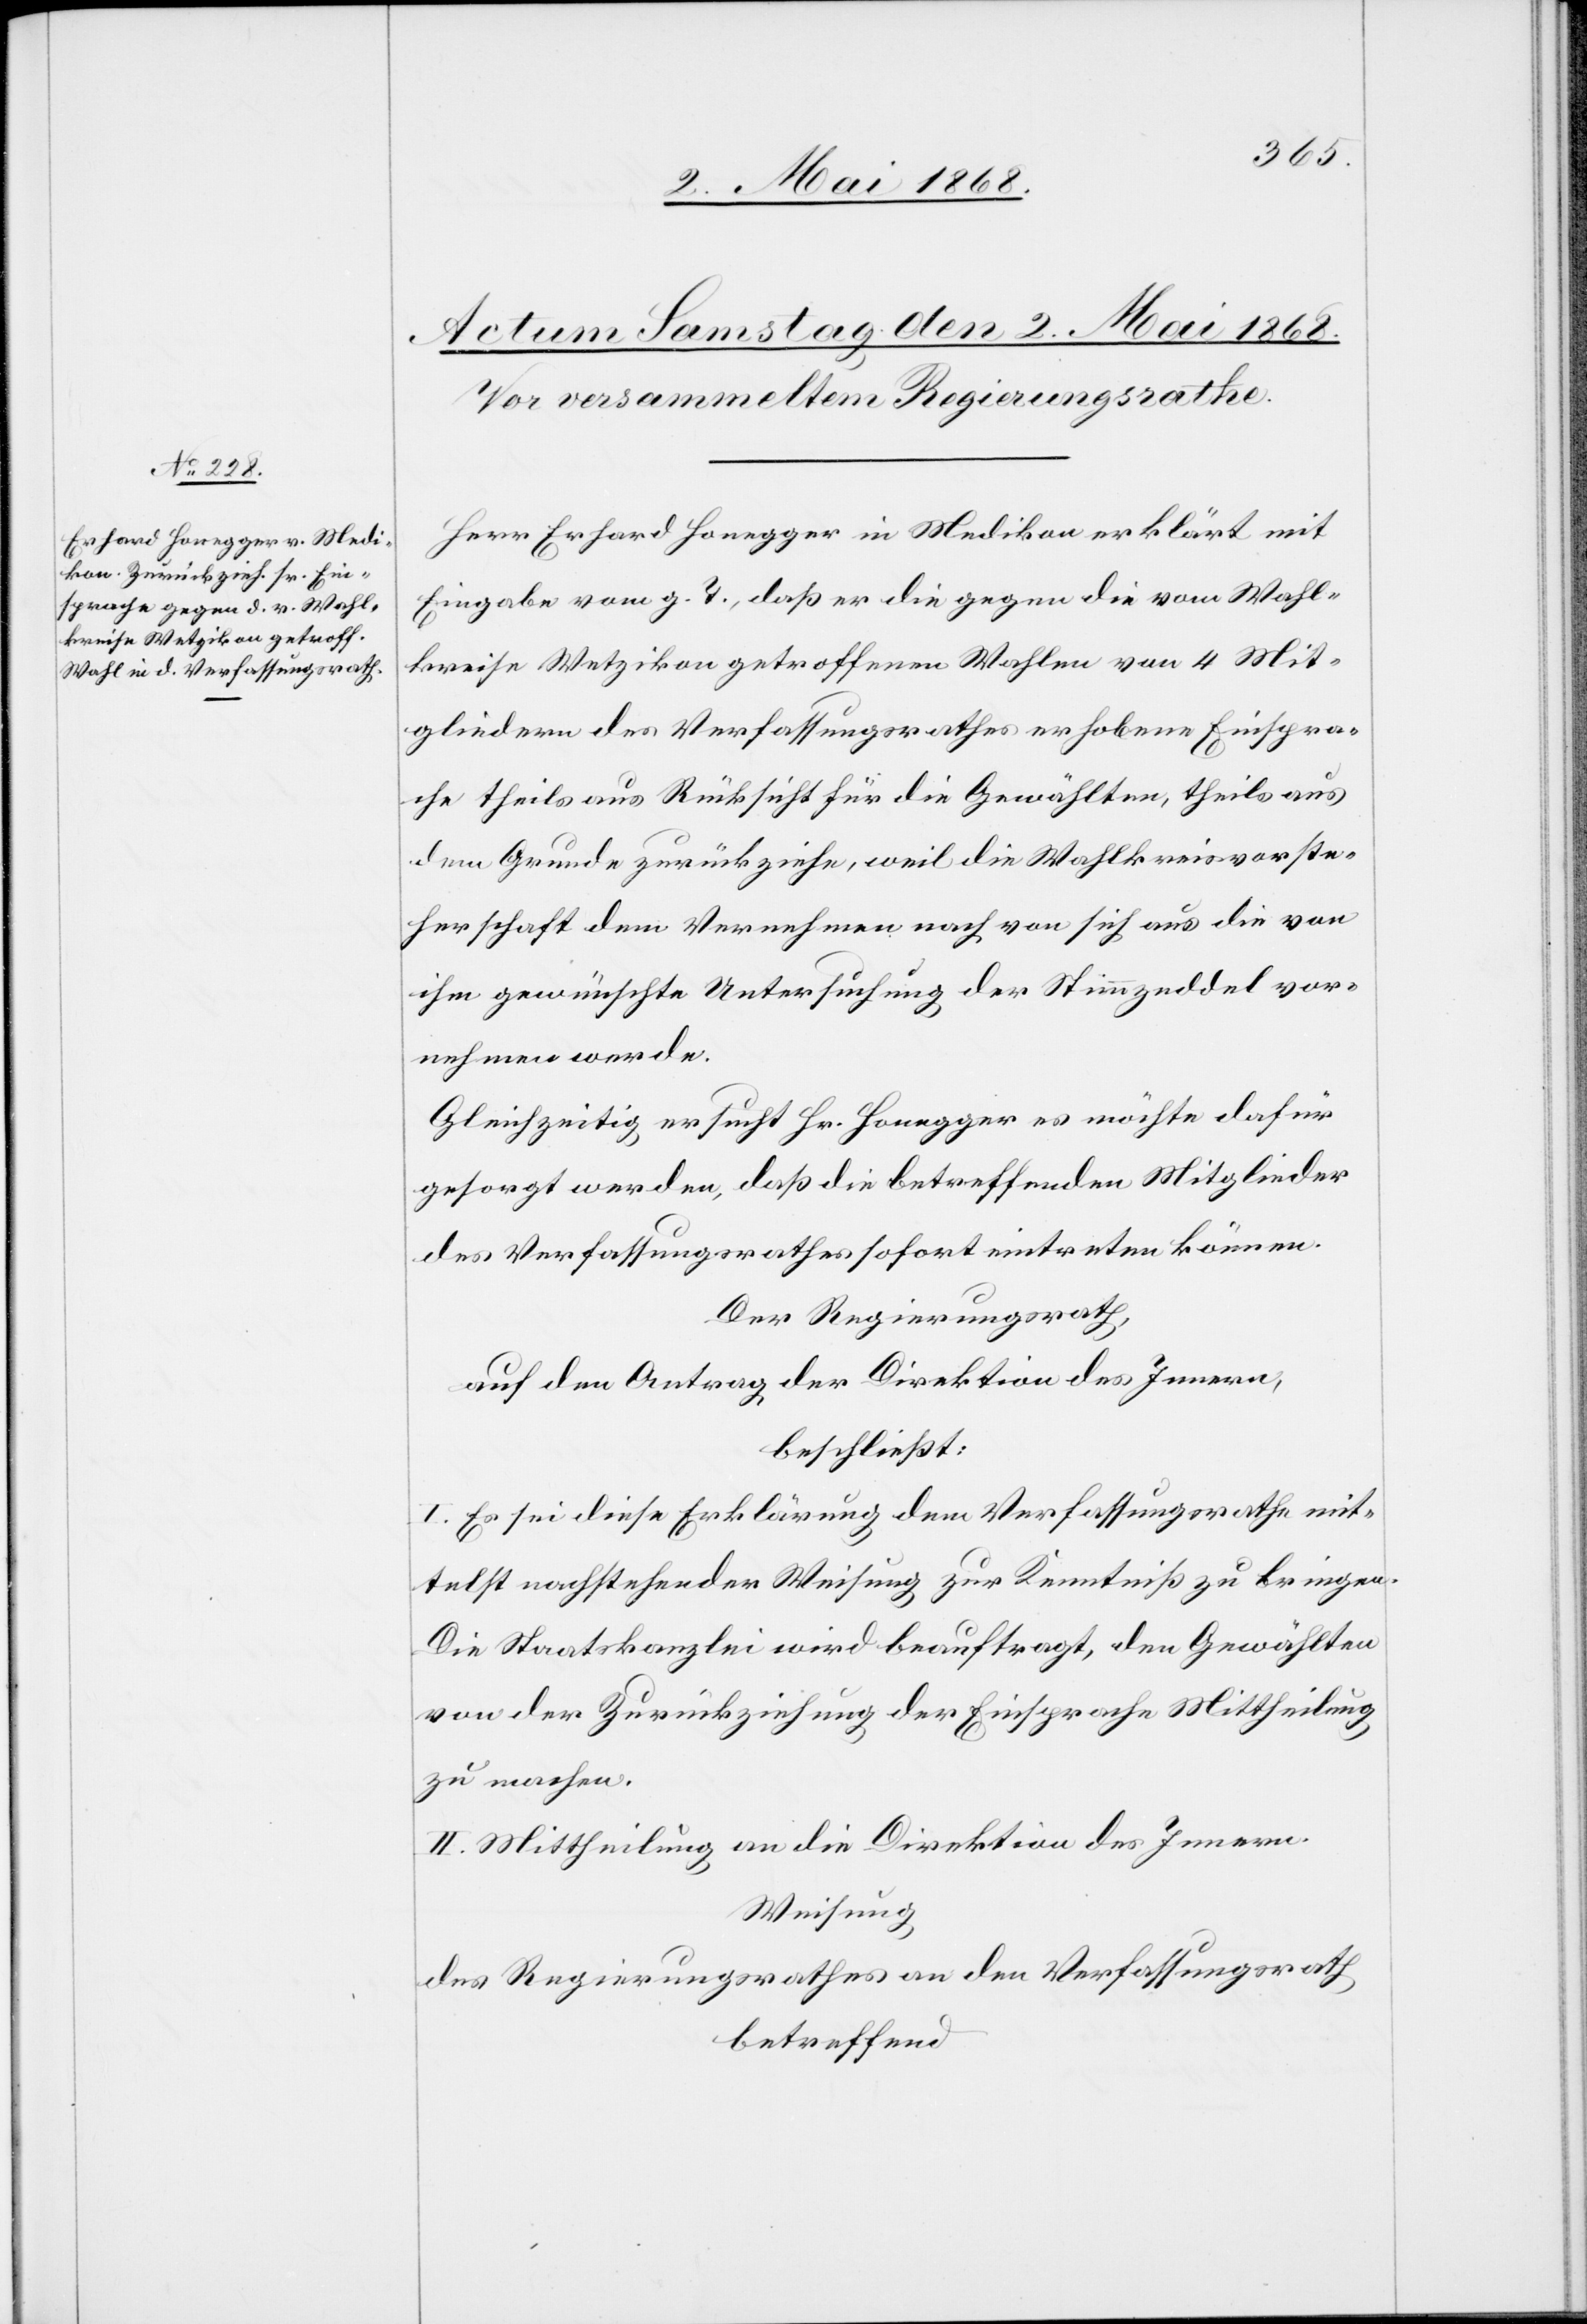
Herr Erhard Honegger in Medikon erklärt mit
Eingabe vom g. T., daß er die gegen die vom Wahl¬
kreise Wetzikon getroffenen Wahlen von 4 Mit¬
gliedern des Verfassungsrathes erhobene Einspra¬
che theils aus Rücksicht für die Gewählten, theils aus
dem Grunde zurückziehe, weil die Wahlkreisvorste¬
herschaft dem Vernehmen nach von sich aus die von
ihm gewünschte Untersuchung der Stimmzeddel vor¬
nehmen werde.
Gleichzeitig ersucht Hr. Honegger es möchte dafür
gesorgt werden, daß die betreffenden Mitglieder
des Verfassungsrathes sofort eintreten können.
Der Regierungsrath,
auf den Antrag der Direktion des Innern,
beschließt:
I. Es sei diese Erklärung dem Verfassungsrathe mit¬
telst nachstehender Weisung zur Kenntniß zu bringen.
Die Staatskanzlei wird beauftragt, den Gewählten
von der Zurückziehung der Einsprache Mittheilung
zu machen.
II. Mittheilung an die Direktion des Innern.
Weisung
des Regierungsrathes an den Verfassungsrath
betreffend